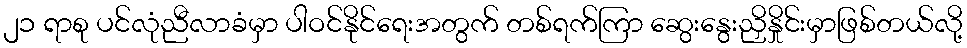
၂၁ ရာစု ပင်လုံညီလာခံမှာ ပါဝင်နိုင်ရေးအတွက် တစ်ရက်ကြာ ဆွေးနွေးညှိနှိုင်းမှာဖြစ်တယ်လို့